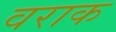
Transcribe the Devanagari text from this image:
वराक